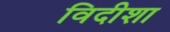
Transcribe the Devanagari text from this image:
विदीशा